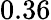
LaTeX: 0.36